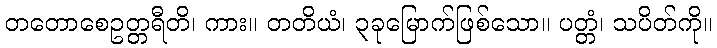
တတောစေဥတ္တရီတိ၊ ကား။ တတိယံ၊ ၃ခုမြောက်ဖြစ်သော။ ပတ္တံ၊ သပိတ်ကို။